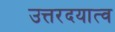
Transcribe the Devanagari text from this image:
उत्तरदयात्व